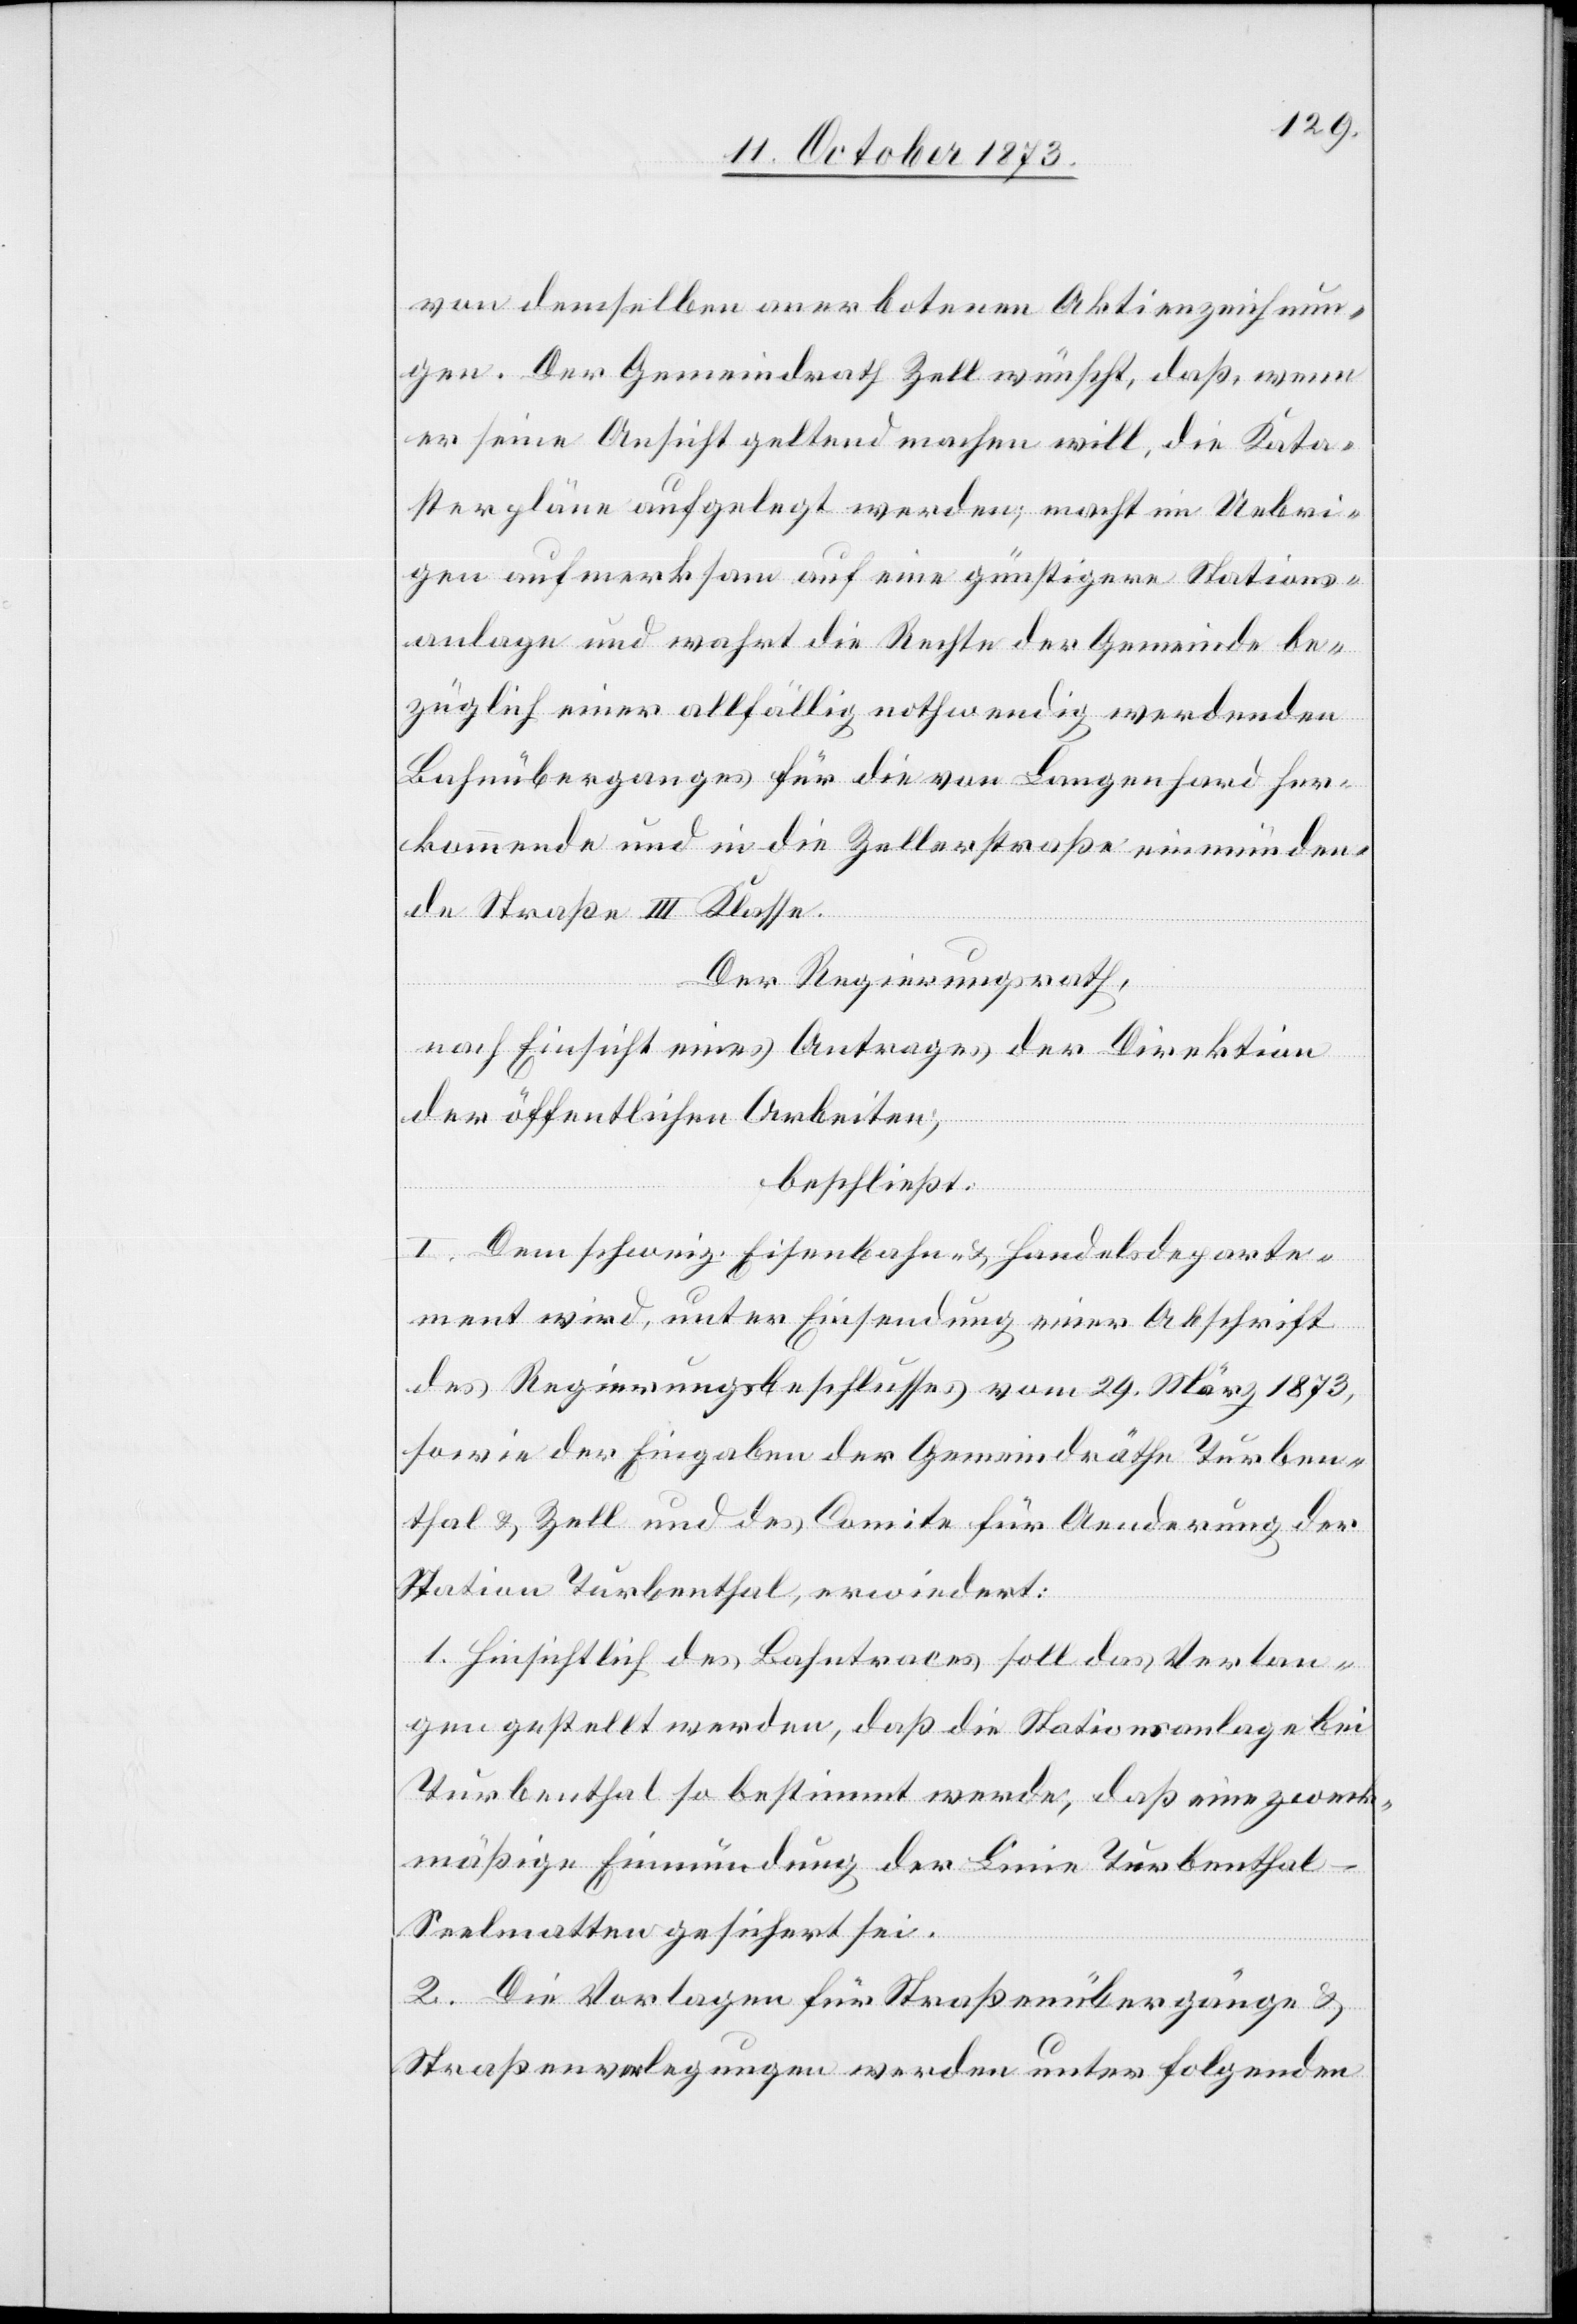
von demselben anerbotenen Aktienzeichnun¬
gen. Der Gemeindrath Zell wünscht, daß, wenn
er seine Ansicht geltend machen will, die Kata¬
sterpläne aufgelegt werden; macht im Uebri¬
gen aufmerksam auf eine günstigere Stations¬
anlage und wahrt die Rechte der Gemeinde be¬
züglich einer allfällig nothwendig werdenden
Bahnüberganges [sic!] für die von Langenhard her¬
kommende und in die Zellerstraße einmünden¬
de Straße III Klasse.
Der Regierungsrath,
nach Einsicht eines Antrages der Direktion
der öffentlichen Arbeiten,
beschließt:
I. Dem schweiz. Eisenbahn- & Handelsdeparte¬
ment wird, unter Einsendung einer Abschrift
des Regierungsbeschlusses vom 29. März 1873,
sowie der Eingaben der Gemeindräthe Turben¬
thal & Zell und des Comite für Aenderung der
Station Turbenthal, erwiedert:
1. Hinsichtlich des Bahntraces soll das Verlan¬
gen gestellt werden, daß die Stationsanlage bei
Turbenthal so bestimmt werde, daß eine zweck¬
mäßige Einmündung der Linie Turbenthal–S¬
eelmatten gesichert sei.
2. Die Vorlagen für Straßenübergänge &
Straßenverlegungen werden unter folgenden